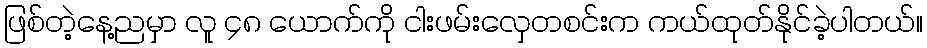
ဖြစ်တဲ့နေ့ညမှာ လူ ၄၈ ယောက်ကို ငါးဖမ်းလှေတစင်းက ကယ်ထုတ်နိုင်ခဲ့ပါတယ်။